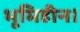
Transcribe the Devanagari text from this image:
भूमिहीन।